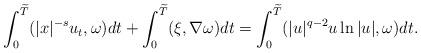
LaTeX: \begin{align*}\int_0^{\widetilde{T}}(|x|^{-s}u_t,\omega)dt+\int_0^{\widetilde{T}}(\xi,\nabla\omega)dt=\int_0^{\widetilde{T}}(|u|^{q-2}u\ln|u|,\omega)dt.\end{align*}